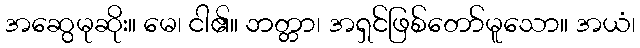
အဆွေမုဆိုး။ မေ၊ ငါ၏။ ဘတ္တာ၊ အရှင်ဖြစ်တော်မူသော။ အယံ၊